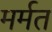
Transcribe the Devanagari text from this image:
मर्मत